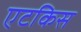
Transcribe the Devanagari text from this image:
एटकिस